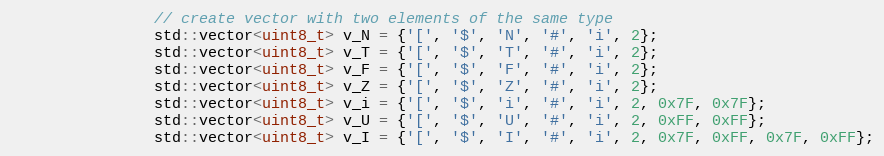
Language: C++
                // create vector with two elements of the same type
                std::vector<uint8_t> v_N = {'[', '$', 'N', '#', 'i', 2};
                std::vector<uint8_t> v_T = {'[', '$', 'T', '#', 'i', 2};
                std::vector<uint8_t> v_F = {'[', '$', 'F', '#', 'i', 2};
                std::vector<uint8_t> v_Z = {'[', '$', 'Z', '#', 'i', 2};
                std::vector<uint8_t> v_i = {'[', '$', 'i', '#', 'i', 2, 0x7F, 0x7F};
                std::vector<uint8_t> v_U = {'[', '$', 'U', '#', 'i', 2, 0xFF, 0xFF};
                std::vector<uint8_t> v_I = {'[', '$', 'I', '#', 'i', 2, 0x7F, 0xFF, 0x7F, 0xFF};